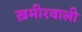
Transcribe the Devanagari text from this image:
ख़मीरवाली